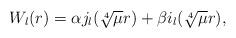
LaTeX: \begin{align*}W_l(r)=\alpha j_l(\sqrt[4]{\mu}r)+\beta i_l(\sqrt[4]{\mu}r),\end{align*}